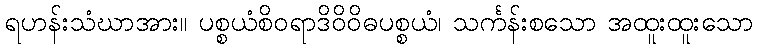
ရဟန်းသံဃာအား။ ပစ္စယံစိဝရာဒိဝိဝိဓပစ္စယံ၊ သင်္ကန်းစသော အထူးထူးသော